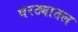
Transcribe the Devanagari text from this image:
घरट्यातल